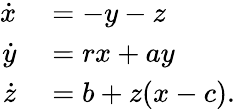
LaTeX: \begin{array}{rl}{\dot{x}}&{{}=-y-z}\\ {\dot{y}}&{{}=rx+ay}\\ {\dot{z}}&{{}=b+z(x-c).}\end{array}